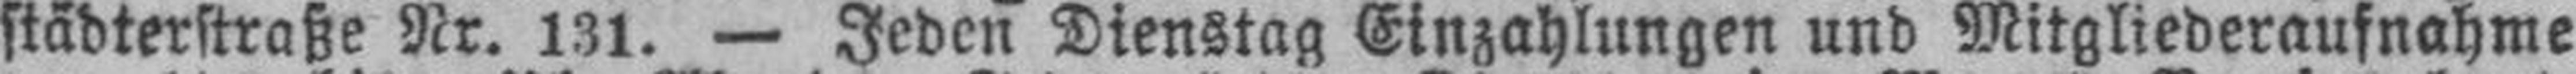
städterstraße Nr. 131. — Jeden Dienstag Einzahlungen und Mitgliederaufnahme